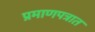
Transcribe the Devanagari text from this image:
प्रमाणपत्रात